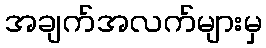
အချက်အလက်များမှ